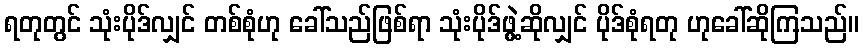
ရတုတွင် သုံးပိုဒ်လျှင် တစ်စုံဟု ခေါ်သည်ဖြစ်ရာ သုံးပိုဒ်ဖွဲ့ဆိုလျှင် ပိုဒ်စုံရတု ဟုခေါ်ဆိုကြသည်။